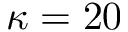
\kappa = 2 0